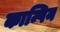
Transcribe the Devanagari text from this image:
काम्पिन